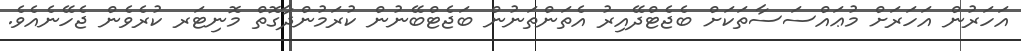
އަހަރުން އަހަރަށް މުޢައްސަސާތަކަށް ބެޖެޓްދޭއިރު އެތަންތަނުން ބަޖެޓްބޭނުން ކުރަމުންދާގޮތް މޮނިޓަރ ކުރެވެން ޖެހޭނެއެވެ.